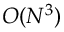
O ( N ^ { 3 } )